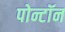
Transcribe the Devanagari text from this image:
पोन्टॉन